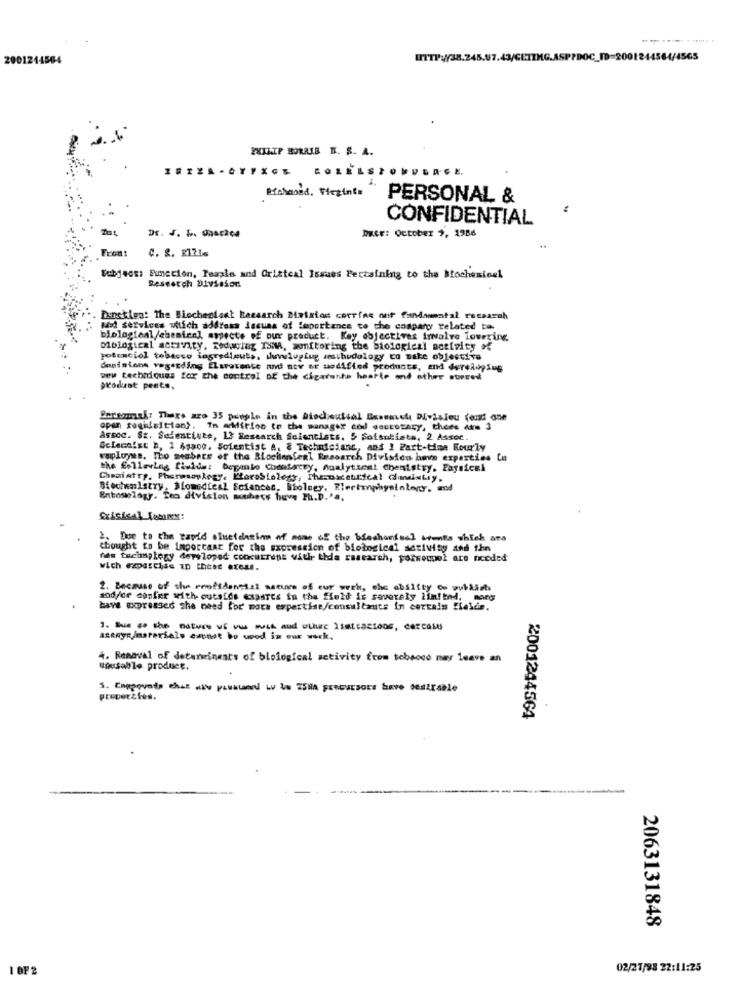
2001244564
PHILIP BORRIB B. S. A.
COLELS
Richmond, Virginia
PERSONAL &
CONFIDENTIAL
Dr. J. M. gnacica
DELE: October 2, 1986
From:
Febjees: Function, Paagle and Oxisteal Issues Pertaining to the Biochemical
Research Division
Dunsklen: The Blechenlast Research Dixixios corrias our fundaumatal racsarah
Mid services which address issues of feportance to the company related to.
biological/chenten] aspects of our product. Key objectives invalve lowering.
Miological activity, Reducing ISMA, monitoring the biologieal activity of
potenciol tobacco ingredizuts, suvluglug amsthudology to make objectiva
dominions vagesding Elaratense and nov or modified products, and developing
Dew techniques for the control DE the cigarette hearte and other store
produst pests,
Personal: There are 35 people in the Discoutial Bossauche Divisieu (end one
open regisition). In addition to the manager cod cactotary, thees Aks 3
Assoc. Sz. Sefestivte, 13 Research Scientists. 5 Sofsobists, 2 Assoc.
Geleceist b, 1 4$800. Soientist &, 8 Technicianc, and I Part-time Kourly
vaployes. Tho mabare of the Blochonfeal Research Division hava exparties Cu
the Emilevlag fiside: beganto Cheatacry, noalytics! chemistry. Paysicek
Sfectwalstry, Biomedical Sciences, htolney. Rlerimphysiology, and
Entoswrlogy. Tea division soubory have Ph.D."a.
Exisical WORK:
2. Due to the rapid ofsetcheim of nome of the blochondual wants which are
thought to be Important for the expression of biological activity and ihn
fas tecimplezy developed concurrent with tida research, porrecool are needed
wich exercise In these areas.
2. Because of the roottdencial sacues of eur werk, che absitty co publish
and/or confer with- outsfds esasTes in the field is severely limited. morg
have expressed che need for' mots expertise/consultants in certain fielde.
askRys/materials esonse bo used in our work,
4. Removal of determinents of biological activity from tobacco may leave an
Unusable produce.
properties.
2001244564
2063131848
1 OF 2
02/27/98 22:11:25